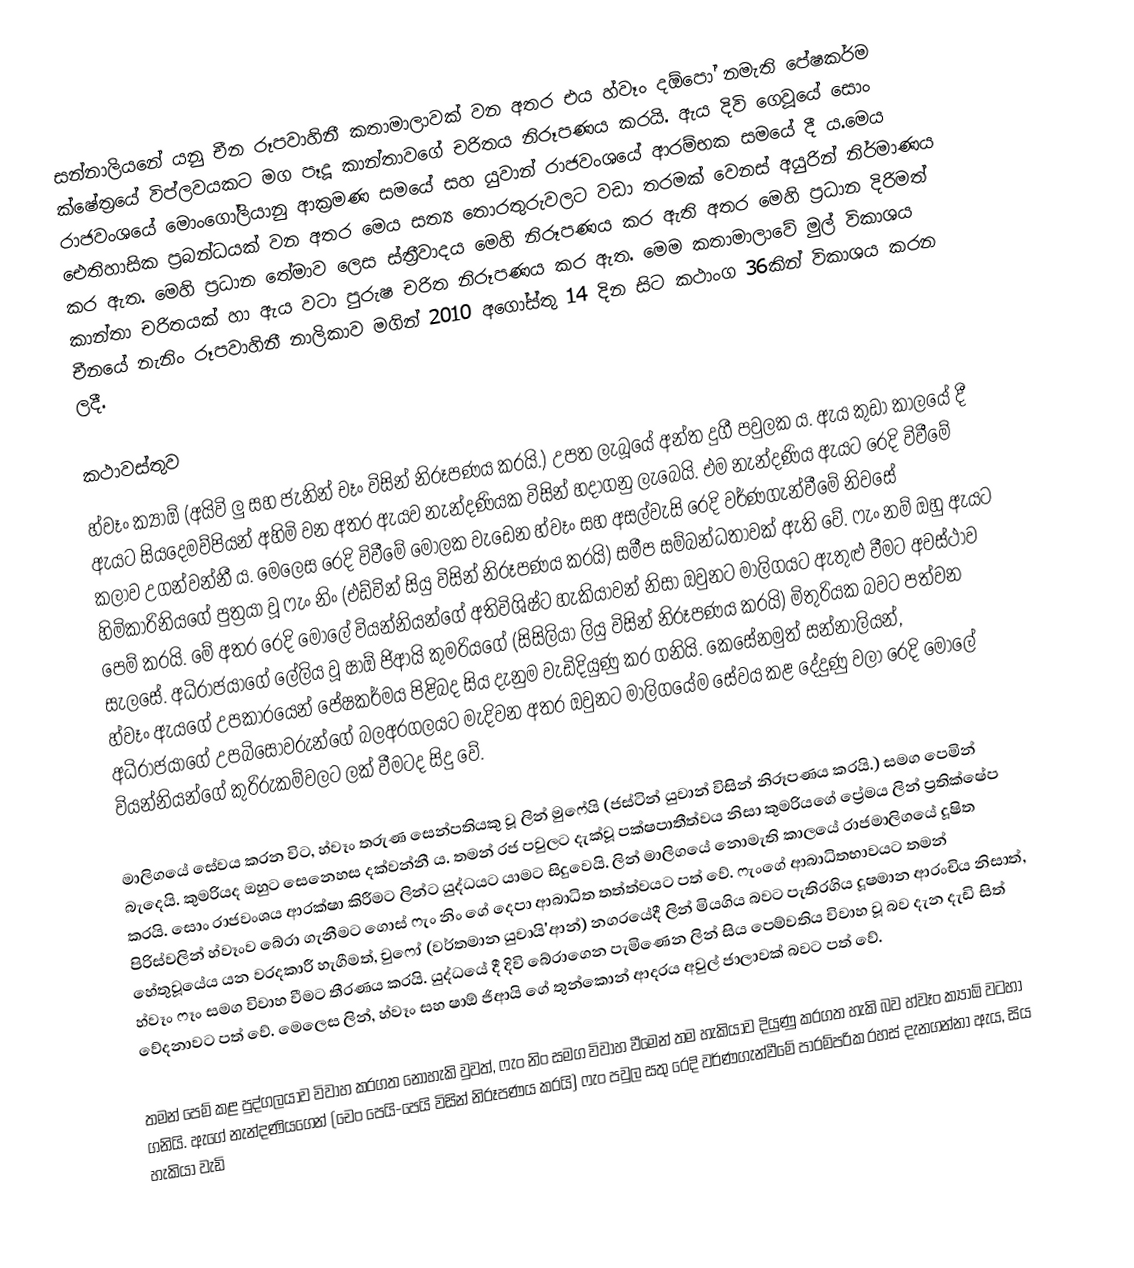
සන්නාලියනේ යනු චීන රූපවාහිනී කතාමාලාවක් වන අතර එය හ්වෑං දඕපෝ නමැති ‍පේෂකර්ම ක්ෂේත්‍රයේ විප්ලවයකට මග පෑදූ කාන්තාවගේ චරිතය නිරූපණය කරයි. ඇය දිවි ගෙවූයේ සොං රාජවංශයේ මොංගෝලියානු ආක්‍රමණ සමයේ සහ යුවාන් රාජවංශයේ ආරම්භක සමයේ දී ය.මෙය ඓතිහාසික ප්‍රබන්ධයක් වන අතර මෙය සත්‍ය තොරතුරුවලට වඩා තරමක් වෙනස් අයුරින් නිර්මාණය කර ඇත. මෙහි ප්‍රධාන තේමාව ලෙස ස්ත්‍රීවාදය මෙහි නිරූපණය කර ඇති අතර මෙහි ප්‍රධාන දිරිමත් කාන්තා චරිතයක් හා ඇය වටා පුරුෂ චරිත නිරූපණය කර ඇත. මෙම කතාමාලාවේ මුල් විකාශය චීනයේ නැනිං රූපවාහිනී නාලිකාව මගින් 2010 අගෝස්තු 14 දින සිට කථාංග 36කින් විකාශය කරන ලදී.

කථාවස්තුව
හ්වෑං ක්‍යාඕ (අයිවි ලු සහ ජැනින් චෑං විසින් නිරූපණය කරයි.) උපත ලැබූයේ අන්ත දුගී පවුලක ය. ඇය කුඩා කාලයේ දී ඇයට සියදෙමව්පියන් අහිමි වන අතර ඇයව නැන්දණියක විසින් හදාගනු ලැබෙයි. එම නැන්දණිය ඇයට රෙදි විවීමේ කලාව උගන්වන්නී ය. මෙලෙස රෙදි විවීමේ මෝලක වැඩෙන හ්වෑං සහ අසල්වැසි රෙදි වර්ණගැන්වීමේ නිවසේ හිමිකාරිනියගේ පුත්‍රයා වූ ෆැං නිං (එඩ්වින් සියු විසින් නිරූපණය කරයි) සමීප සම්බන්ධතාවක් ඇති වේ. ෆැං නම් ඔහු ඇයට පෙම් කරයි. මේ අතර රෙදි මෝලේ වියන්නියන්ගේ අතිවිශිෂ්ට හැකියාවන් නිසා ඔවුනට මාලිගයට ඇතුළු වීමට අවස්ථාව සැලසේ. අධිරාජයාගේ ලේලිය වූ ෂාඕ ජිආයි කුමරියගේ (සිසිලියා ලියු විසින් නිරූපණය කරයි) මිතුරියක බවට පත්වන හ්වෑං ඇයගේ උපකාරයෙන් පේෂකර්මය පිළිබද සිය දැනුම වැඩිදියුණු කර ගනියි. කෙසේනමුත් සන්නාලියන්, අධිරාජයාගේ උපබිසෝවරුන්ගේ බලඅරගලයට මැදිවන අතර ඔවුනට මාලිගයේම සේවය කළ දේදුණු වලා රෙදි මෝලේ වියන්නියන්ගේ කුරිරුකම්වලට ලක් වීමටද සිදු වේ.

මාලිගයේ සේවය කරන විට, හ්වෑං තරුණ සෙන්පතියකු වූ ලින් මුෆේයි (ජස්ටින් යුවාන් විසින් නිරූපණය කරයි.) සමග පෙමින් බැදෙයි. කුමරියද ඔහුට සෙනෙහස දක්වන්නී ය. තමන් රජ පවුලට දැක්වූ පක්ෂපාතීත්වය නිසා කුමරියගේ ප්‍රේමය ලින් ප්‍රතික්ෂේප කරයි. සොං රාජවංශය ආරක්ෂා කිරීමට ලින්ට යුද්ධයට යාමට සිදුවෙයි. ලින් මාලිගයේ නොමැති කාලයේ රාජමාලිගයේ දූෂිත පිරිස්වලින් හ්වෑංව බේරා ගැනීමට ගොස් ෆැං නිං ගේ දෙපා ආබාධිත තත්ත්වයට පත් වේ. ෆැංගේ ආබාධිතභාවයට තමන් හේතුවූයේය යන වරදකාරී හැගීමත්, චුෆෝ (වර්තමාන යුවායි'ආන්) නගරයේදී ලින් මියගිය බවට පැතිරගිය දූෂමාන ආරංචිය නිසාත්, හ්වෑං ෆෑං සමග විවාහ වීමට තීරණය කරයි. යුද්ධයේ දී දිවි බේරාගෙන පැමිණෙන ලින් සිය පෙම්වතිය විවාහ වූ බව දැන දැඩි සිත් වේදනාවට පත් වේ. මෙලෙස ලින්, හ්වෑං සහ ෂාඕ ජිආයි ගේ තුන්කොන් ආදරය අවුල් ජාලාවක් බවට පත් වේ.

තමන් පෙම් කළ පුද්ගලයාව විවාහ කරගත නොහැකි වුවත්, ෆැං නිං සමග විවාහ වීමෙන් තම හැකියාව දියුණු කරගත හැකි බව හ්වෑං ක්‍යාඕ වටහා ගනියි. ඇගේ නැන්දණියගෙන් (චෙං පෙයි-පෙයි විසින් නිරූපණය කරයි) ෆැං පවුල සතු රෙදි වර්ණගැන්වීමේ පාරම්පරික රහස් දැනගන්නා ඇය, සිය හැකියා වැඩි